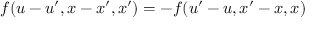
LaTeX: \displaystyle f ( u - u ^ { \prime } , x - x ^ { \prime } , x ^ { \prime } ) = - f ( u ^ { \prime } - u , x ^ { \prime } - x , x )